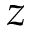
z